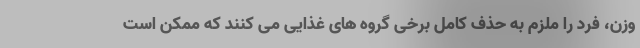
وزن، فرد را ملزم به حذف کامل برخی گروه های غذایی می کنند که ممکن است